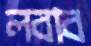
লবাব